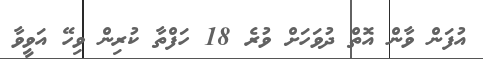
އުފަން ވާން އޮތް ދުވަހަށް ވުރެ 18 ހަފްތާ ކުރިން ވިހޭ އަވީވާ